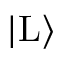
| \mathrm { L } \rangle